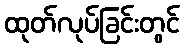
ထုတ်လုပ်ခြင်းတွင်